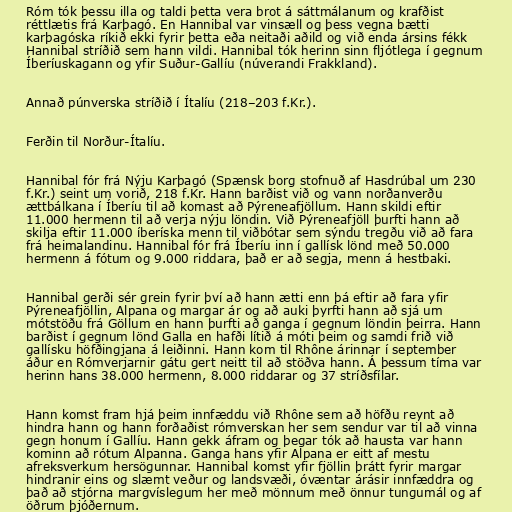
Róm tók þessu illa og taldi þetta vera brot á sáttmálanum og krafðist
réttlætis frá Karþagó. En Hannibal var vinsæll og þess vegna bætti
karþagóska ríkið ekki fyrir þetta eða neitaði aðild og við enda ársins fékk
Hannibal stríðið sem hann vildi. Hannibal tók herinn sinn fljótlega í gegnum
Íberíuskagann og yfir Suður-Gallíu (núverandi Frakkland).

Annað púnverska stríðið í Ítalíu (218–203 f.Kr.).

Ferðin til Norður-Ítalíu.

Hannibal fór frá Nýju Karþagó (Spænsk borg stofnuð af Hasdrúbal um 230
f.Kr.) seint um vorið, 218 f.Kr. Hann barðist við og vann norðanverðu
ættbálkana í Íberíu til að komast að Pýreneafjöllum. Hann skildi eftir
11.000 hermenn til að verja nýju löndin. Við Pýreneafjöll þurfti hann að
skilja eftir 11.000 íberíska menn til viðbótar sem sýndu tregðu við að fara
frá heimalandinu. Hannibal fór frá Íberíu inn í gallísk lönd með 50.000
hermenn á fótum og 9.000 riddara, það er að segja, menn á hestbaki.

Hannibal gerði sér grein fyrir því að hann ætti enn þá eftir að fara yfir
Pýreneafjöllin, Alpana og margar ár og að auki þyrfti hann að sjá um
mótstöðu frá Göllum en hann þurfti að ganga í gegnum löndin þeirra. Hann
barðist í gegnum lönd Galla en hafði lítið á móti þeim og samdi frið við
gallísku höfðingjana á leiðinni. Hann kom til Rhône árinnar í september
áður en Rómverjarnir gátu gert neitt til að stöðva hann. Á þessum tíma var
herinn hans 38.000 hermenn, 8.000 riddarar og 37 stríðsfílar.

Hann komst fram hjá þeim innfæddu við Rhône sem að höfðu reynt að
hindra hann og hann forðaðist rómverskan her sem sendur var til að vinna
gegn honum í Gallíu. Hann gekk áfram og þegar tók að hausta var hann
kominn að rótum Alpanna. Ganga hans yfir Alpana er eitt af mestu
afreksverkum hersögunnar. Hannibal komst yfir fjöllin þrátt fyrir margar
hindranir eins og slæmt veður og landsvæði, óvæntar árásir innfæddra og
það að stjórna margvíslegum her með mönnum með önnur tungumál og af
öðrum þjóðernum.